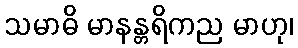
သမာဓိ မာနန္တရိကည မာဟု၊